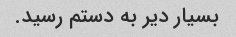
بسیار دیر به دستم رسید.